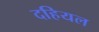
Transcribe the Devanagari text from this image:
दहियल